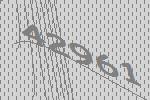
42961